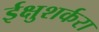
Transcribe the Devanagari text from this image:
ईक्षुशर्करा